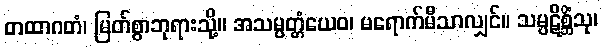
တထာဂတံ၊ မြတ်စွာဘုရားသို့။ အသမ္ပတ္တံယေဝ၊ မရောက်မီသာလျှင်။ သမ္ပဋိစ္ဆိံသု၊